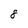
Character: 8